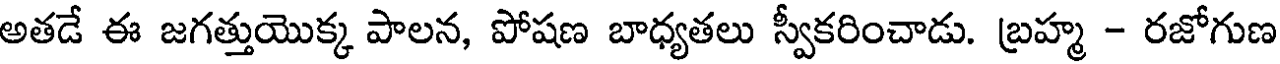
అతడే ఈ జగత్తుయొక్క పాలన, పోషణ బాధ్యతలు స్వీకరించాడు. బ్రహ్మ - రజోగుణ